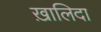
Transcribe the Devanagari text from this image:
ख़ालिदा